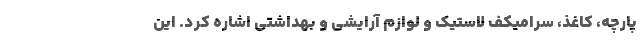
پارچه، کاغذ، سرامیکف لاستیک و لوازم آرایشی و بهداشتی اشاره کرد. این